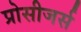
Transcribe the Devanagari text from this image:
प्रोसीजर्स